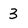
Character: 3